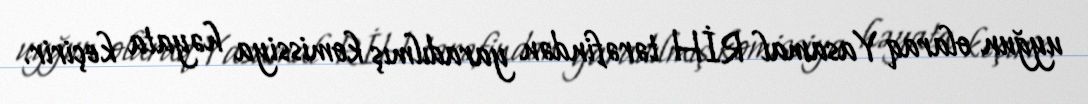
uyğun olaraq Yasamal RİH tərəfindən yaradılmış komissiya həyata keçirir.